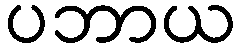
ပဘာယ